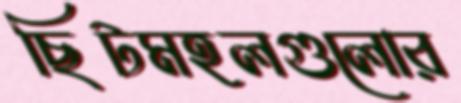
ছিটমহলগুলোর